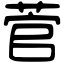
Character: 菅